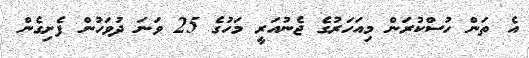
އެ ތަން ހުސްކުރަން މިއަހަރުގެ ޖެނުއަރީ މަހުގެ 25 ވަނަ ދުވަހުން ފެށިގެން